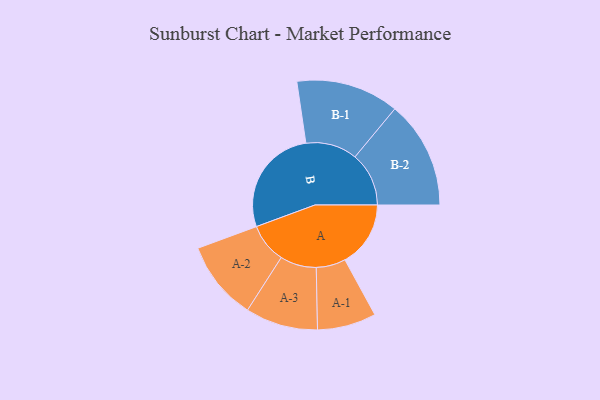
{"axis": {"x": "Segment", "y": "Value"}, "legend": ["", "A", "B"], "data": [{"x": "A", "y": 250, "type": ""}, {"x": "B", "y": 415, "type": ""}, {"x": "A-1", "y": 112, "type": "A"}, {"x": "A-2", "y": 151, "type": "A"}, {"x": "A-3", "y": 138, "type": "A"}, {"x": "B-1", "y": 196, "type": "B"}, {"x": "B-2", "y": 205, "type": "B"}]}